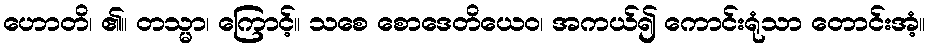
ဟောတိ၊ ၏။ တသ္မာ၊ ကြောင့်။ သစေ စောဒေတိယေဝ၊ အကယ်၍ ကောင်းရုံသာ တောင်းအံ့။